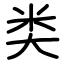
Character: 类